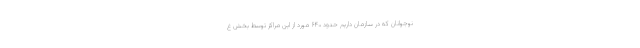
نوجوانان که در سازمان داریم حدود ۶۴۰ مورد از این مراکز توسط بخش غ